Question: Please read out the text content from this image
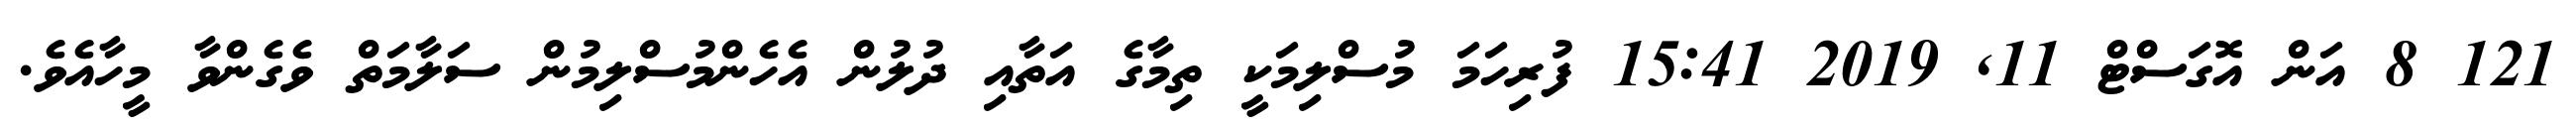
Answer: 121 8 އަން އޮގަސްޓް 11, 2019 15:41 ފުރިހަމަ މުސްލިމަކީ ތިމާގެ އަތާއި ދުލުން އެހެންމުސްލިމުން ސަލާމަތް ވެގެންވާ މީހާއެވެ.